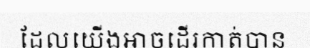
ដែលយើងអាចដើរកាត់បាន